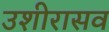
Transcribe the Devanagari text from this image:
उशीरासव